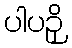
ပါပဉှိ